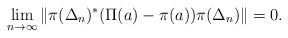
LaTeX: \begin{align*}\lim_{n\to\infty} \|\pi(\Delta_n)^*(\Pi(a)-\pi(a))\pi(\Delta_n)\|=0.\end{align*}